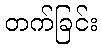
တက်ခြင်း